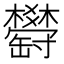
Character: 𦉤